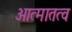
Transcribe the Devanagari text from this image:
आत्मातत्व